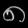
Digit: ၈